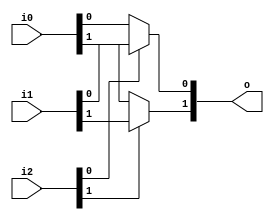
module bsg_mux2_gatestack_width_p2_harden_p1
(
  i0,
  i1,
  i2,
  o
);

  input [1:0] i0;
  input [1:0] i1;
  input [1:0] i2;
  output [1:0] o;
  wire [1:0] o;
  wire N0,N1,N2,N3;
  assign o[0] = (N0)? i1[0] : 
                (N2)? i0[0] : 1'b0;
  assign N0 = i2[0];
  assign o[1] = (N1)? i1[1] : 
                (N3)? i0[1] : 1'b0;
  assign N1 = i2[1];
  assign N2 = ~i2[0];
  assign N3 = ~i2[1];

endmodule